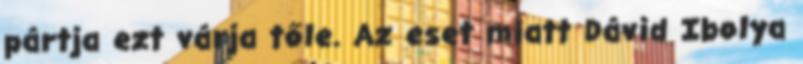
pártja ezt várja tőle. Az eset miatt Dávid Ibolya